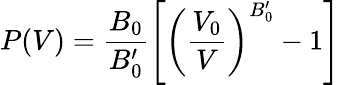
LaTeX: P(V)=\frac{B_{0}}{B_{0}^{\prime}}\left[\left(\frac{V_{0}}{V}\right)^{B_{0}^{\prime}}-1\right]